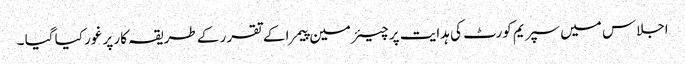
اجلاس میں سپریم کورٹ کی ہدایت پر چیئرمین پیمرا کے تقرر کے طریقہ کار پر غور کیا گیا ۔